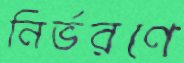
নির্ভরণে